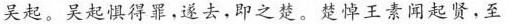
吴起。吴起惧得罪，遂去，即之楚。楚悼王素闻起贤，至